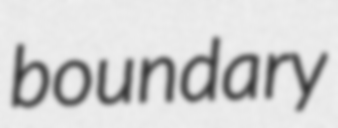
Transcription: boundary